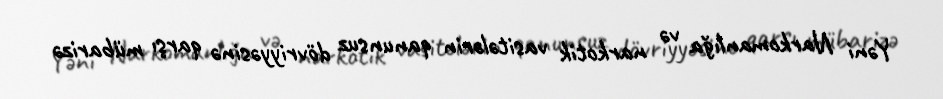
Yəni Narkomanlığa və narkotik vasitələrin qanunsuz dövriyyəsinə qarşı mübarizə